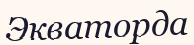
Экваторда